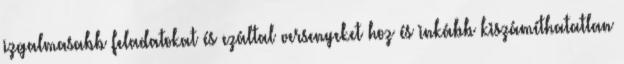
izgalmasabb feladatokat és ezáltal versenyeket hoz és inkább kiszámíthatatlan